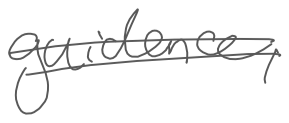
Text: guidance,
Cross-out: double-line
Writing tool: digital_gray